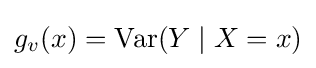
g_{v}(x)=\operatorname {Var} (Y\mid X=x)